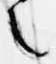
之